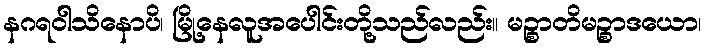
နဂရဝါသိနောပိ၊ မြို့နေလူအပေါင်းတို့သည်လည်း။ မဉ္စာတိမဉ္စာဒယော၊